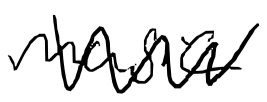
Text: music
Cross-out: zig-zag
Writing tool: digital_black